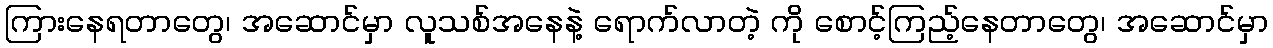
ကြားနေရတာတွေ၊ အဆောင်မှာ လူသစ်အနေနဲ့ ရောက်လာတဲ့ ကို စောင့်ကြည့်နေတာတွေ၊ အဆောင်မှာ